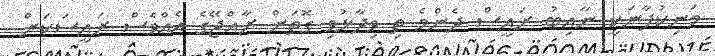
މަނިކުފާނަކީ ނާއިބު ރައީސް ދެންމެ ތި ވިދާޅުވި ގޮތަށް ރާއްޖޭގެ އެއްވެސް ރައީސަކަށް